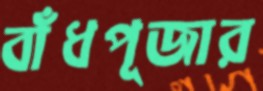
বাঁধপূজার